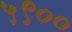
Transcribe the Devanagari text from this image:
५९००